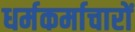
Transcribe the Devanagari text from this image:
धर्मकर्माचारों